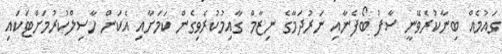
ގައުމެއް ބިނާކުރެވޭނީ ސާފު ބޯފެނާއި ނަރުދަމާގެ ނިޒާމް ގާއިމުކުރެވިގެން ކަމަށާއި އެކަން ހާސިލްކުރުމަށްޓަކައި